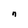
Character: n